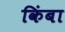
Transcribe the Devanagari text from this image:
किंबा